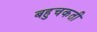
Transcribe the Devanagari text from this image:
बहुचकती